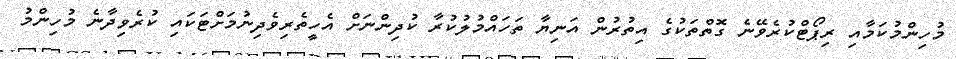
މުހިންމުކަމާއި ރިޕޯޓްކުރެވޭނެ ގޮތްތަކުގެ އިތުރުން އަނިޔާ ތަހައްމުލުކުރާ ކުދިންނަށް އެހީތެރިވެދިނުމަށްޓަކައި ކުރެވިދާނެ މުހިންމު